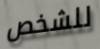
للشخص